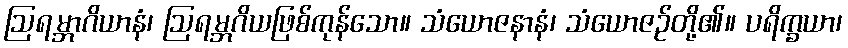
ဩရမ္ဘာဂိယာနံ၊ ဩရမ္ဘဂိယဖြစ်ကုန်သော။ သံယောဇနာနံ၊ သံယောဇဉ်တို့၏။ ပရိက္ခယာ၊